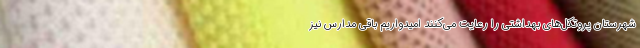
شهرستان پروتکل‌های بهداشتی را رعایت می‌کنند امیدواریم باقی مدارس نیز